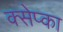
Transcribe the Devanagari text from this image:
क्सेप्का